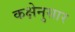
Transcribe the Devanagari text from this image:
कक्षेनुसार